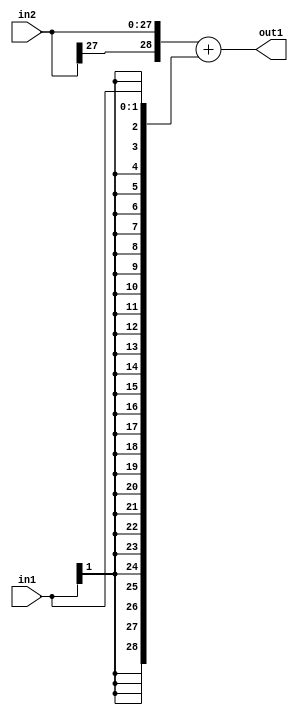
`timescale 1ps / 1ps
/*****************************************************************************
    Verilog RTL Description
    
    
    Created by: Stratus DpOpt 2019.1.01 
*******************************************************************************/

module DC_Filter_Add_28Sx2S_29S_4 (
	in2,
	in1,
	out1
	); /* architecture "behavioural" */ 
input [27:0] in2;
input [1:0] in1;
output [28:0] out1;
wire [28:0] asc001;

assign asc001 = 
	+({in2[27], in2})
	+({{27{in1[1]}}, in1});

assign out1 = asc001;
endmodule

/* CADENCE  ubLxSQ0= : u9/ySgnWtBlWxVPRXgAZ4Og= ** DO NOT EDIT THIS LINE ******/